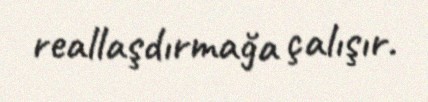
reallaşdırmağa çalışır.